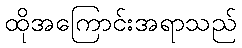
ထိုအကြောင်းအရာသည်